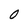
Character: 0